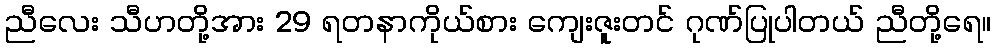
ညီလေး သီဟတို့အား 29 ရတနာကိုယ်စား ကျေးဇူးတင် ဂုဏ်ပြုပါတယ် ညီတို့ရေ။